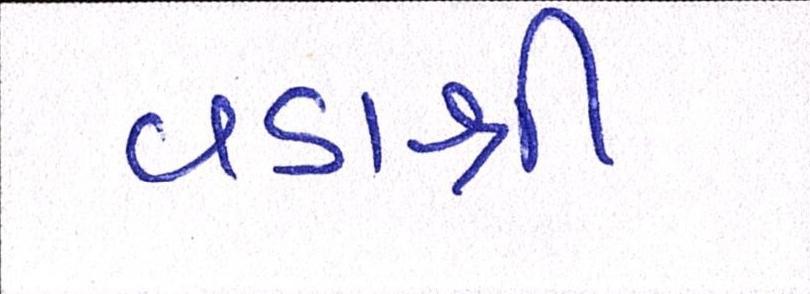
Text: વડાશ્રી